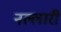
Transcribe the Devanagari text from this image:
नल्लारी